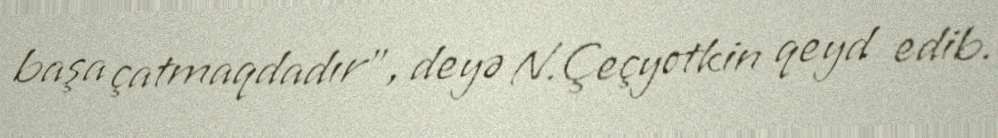
başa çatmaqdadır”, deyə N.Çeçyotkin qeyd edib.